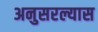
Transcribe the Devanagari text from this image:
अनुसरल्यास